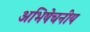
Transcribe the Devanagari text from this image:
अभिषेचनीय